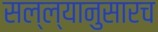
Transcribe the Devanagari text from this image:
सल्ल्यानुसारच